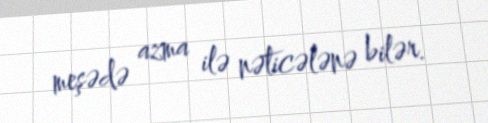
meşədə azma ilə nəticələnə bilər.